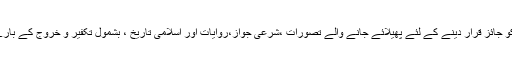
عسکریت پسندوں کی جانب سے تشدد کو جائز قرار دینے کے لئے پھیلائے جانے والے تصورات ،شرعی جواز،روایات اور اسلامی تاریخ ، بشمول تکفیر و خروج کے بارے میں تفصیلی جواب مرتب کیا جائے ۔